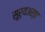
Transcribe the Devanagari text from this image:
सूर्यअस्त